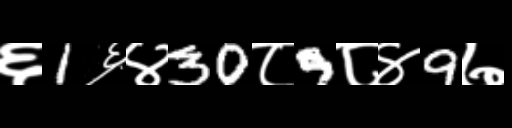
Text: ६1६४30८9८४9७